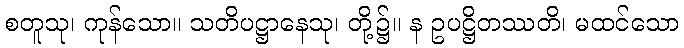
စတူသု၊ ကုန်သော။ သတိပဋ္ဌာနေသု၊ တို့၌။ န ဥပဋ္ဌိတဿတိ၊ မထင်သော